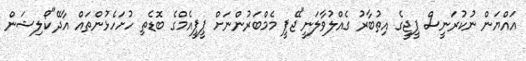
އައްޔަން ނުކުރަނީސް ޕީޖީގެ އިތުބާރު ގެއްލުވާލަނީ"ޖޭޕީ މެމްބަރުންނަށް ޕީޕީއެމްގެ ބޮޑެތި ހުށަހެޅުންތައް އާދޭ"ކޯލިޝަން